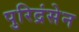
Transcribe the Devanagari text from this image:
पुरिद्रंसेन